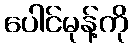
ပေါင်မုန့်ကို